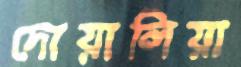
দোয়ালিয়া